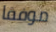
موفقا